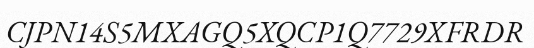
CJPN14S5MXAGQ5XQCP1Q7729XFRDR